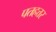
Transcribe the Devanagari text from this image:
पतहत्तर